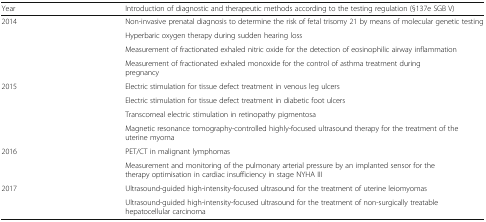
<table><thead><tr><td><b>Year</b></td><td><b>Introduction of diagnostic and therapeutic methods according to the testing regulation (§137e SGB V)</b></td></tr></thead><tbody><tr><td rowspan="4">2014</td><td>Non-invasive prenatal diagnosis to determine the risk of fetal trisomy 21 by means of molecular genetic testing</td></tr><tr><td>Hyperbaric oxygen therapy during sudden hearing loss</td></tr><tr><td>Measurement of fractionated exhaled nitric oxide for the detection of eosinophilic airway inflammation</td></tr><tr><td>Measurement of fractionated exhaled monoxide for the control of asthma treatment during pregnancy</td></tr><tr><td rowspan="4">2015</td><td>Electric stimulation for tissue defect treatment in venous leg ulcers</td></tr><tr><td>Electric stimulation for tissue defect treatment in diabetic foot ulcers</td></tr><tr><td>Transcorneal electric stimulation in retinopathy pigmentosa</td></tr><tr><td>Magnetic resonance tomography-controlled highly-focused ultrasound therapy for the treatment of the uterine myoma</td></tr><tr><td rowspan="2">2016</td><td>PET/CT in malignant lymphomas</td></tr><tr><td>Measurement and monitoring of the pulmonary arterial pressure by an implanted sensor for the therapy optimisation in cardiac insufficiency in stage NYHA III</td></tr><tr><td rowspan="2">2017</td><td>Ultrasound-guided high-intensity-focused ultrasound for the treatment of uterine leiomyomas</td></tr><tr><td>Ultrasound-guided high-intensity-focused ultrasound for the treatment of non-surgically treatable hepatocellular carcinoma</td></tr></tbody></table>